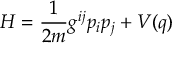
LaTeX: H = \frac { 1 } { 2 m } g ^ { i j } p _ { i } p _ { j } + V ( q )